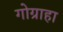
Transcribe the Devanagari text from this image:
गोग्राहा